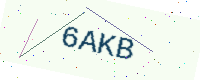
Text: 6AKB